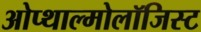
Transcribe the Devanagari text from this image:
ओप्थाल्मोलॉजिस्ट